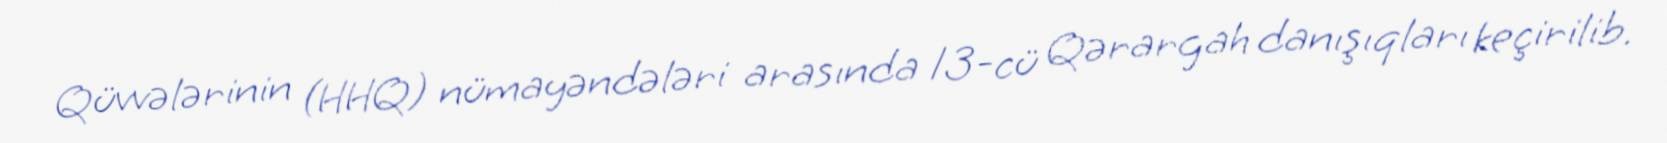
Qüvvələrinin (HHQ) nümayəndələri arasında 13-cü Qərargah danışıqları keçirilib.